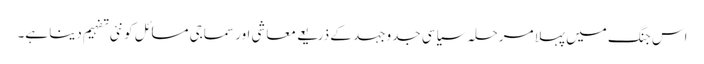
اس جنگ میں پہلا مرحلہ سیاسی جدوجہد کے ذریعے معاشی اور سماجی مسائل کو نئی تفہیم دینا ہے۔